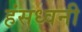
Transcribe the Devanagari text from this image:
हंसध्वनी